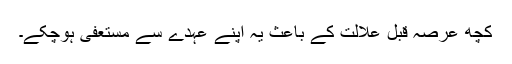
کچھ عرصہ قبل علالت کے باعث یہ اپنے عہدے سے مستعفی ہوچکے۔